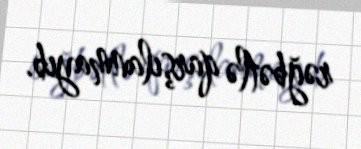
rəğbətlə qarşılanmayıb.